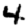
Digit: 4